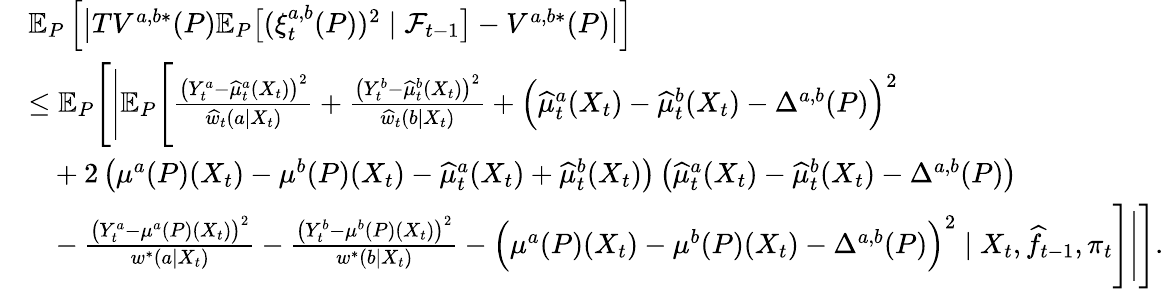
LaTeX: \begin{array}{rl}&{\mathbb{E}_{P}\left[\big|TV^{a,b*}(P)\mathbb{E}_{P}\big[(\xi_{t}^{a,b}(P))^{2}\mid\mathcal{F}_{t-1}\big]-V^{a,b*}(P)\big|\right]}\\ &{\leq\mathbb{E}_{P}\Bigg[\Bigg|\mathbb{E}_{P}\Bigg[\frac{\big(Y_{t}^{a}-\widehat{\mu}_{t}^{a}(X_{t})\big)^{2}}{\widehat{w}_{t}(a|X_{t})}+\frac{\big(Y_{t}^{b}-\widehat{\mu}_{t}^{b}(X_{t})\big)^{2}}{\widehat{w}_{t}(b|X_{t})}+\Big(\widehat{\mu}_{t}^{a}(X_{t})-\widehat{\mu}_{t}^{b}(X_{t})-\Delta^{a,b}(P)\Big)^{2}}\\ &{\ \ \ +2\left(\mu^{a}(P)(X_{t})-\mu^{b}(P)(X_{t})-\widehat{\mu}_{t}^{a}(X_{t})+\widehat{\mu}_{t}^{b}(X_{t})\right)\left(\widehat{\mu}_{t}^{a}(X_{t})-\widehat{\mu}_{t}^{b}(X_{t})-\Delta^{a,b}(P)\right)}\\ &{\ \ \ -\frac{\big(Y_{t}^{a}-\mu^{a}(P)(X_{t})\big)^{2}}{w^{*}(a|X_{t})}-\frac{\big(Y_{t}^{b}-\mu^{b}(P)(X_{t})\big)^{2}}{w^{*}(b|X_{t})}-\Big(\mu^{a}(P)(X_{t})-\mu^{b}(P)(X_{t})-\Delta^{a,b}(P)\Big)^{2}\mid X_{t},\widehat{f}_{t-1},\pi_{t}\Bigg]\Bigg|\Bigg].}\end{array}